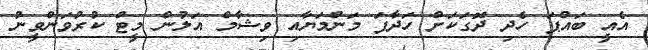
އެއީ ބައްޕަ ހެދި ދޮގަކަށް ހަދާފަ މަންމަޔާއި ވިޝާމް އަލުން މީޓް ކުރުވަންވީނު